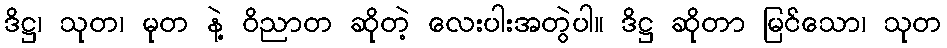
ဒိဋ္ဌ၊ သုတ၊ မုတ နဲ့ ဝိညာတ ဆိုတဲ့ လေးပါးအတွဲပါ။ ဒိဋ္ဌ ဆိုတာ မြင်သော၊ သုတ